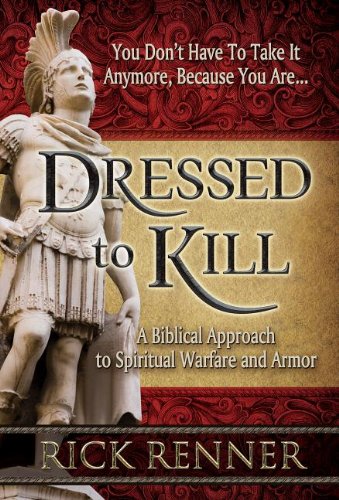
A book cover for Dressed to Kill: A Biblical Approach to Spiritual Warfare and Armor; Rick Renner; Christian Books & Bibles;